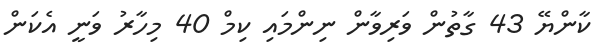
ކާންޔޭ 43 ގާތުން ވަރިވާން ނިންމައި ކިމް 40 މިހާރު ވަނީ އެކަން